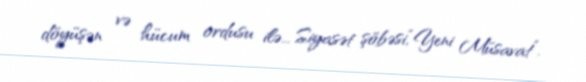
döyüşən və hücum ordusu ilə... Siyasət şöbəsi,“Yeni Müsavat”.